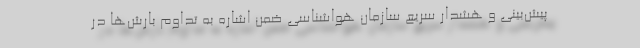
پیش‌بینی و هشدار سریع سازمان هواشناسی ضمن اشاره به تداوم بارش‌ها در